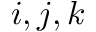
i , j , k